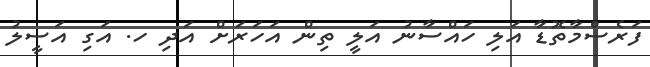
ފަރެސްމާތޮޑާ އަލި ހައްސާނު އަލީ ތިން އަހަރަށް އަދި ހ. އަގި އަސީލު